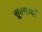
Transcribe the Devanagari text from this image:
सूक्ष्मार्थों